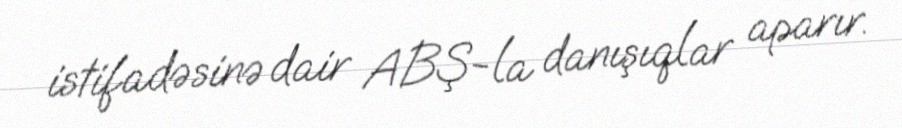
istifadəsinə dair ABŞ-la danışıqlar aparır.